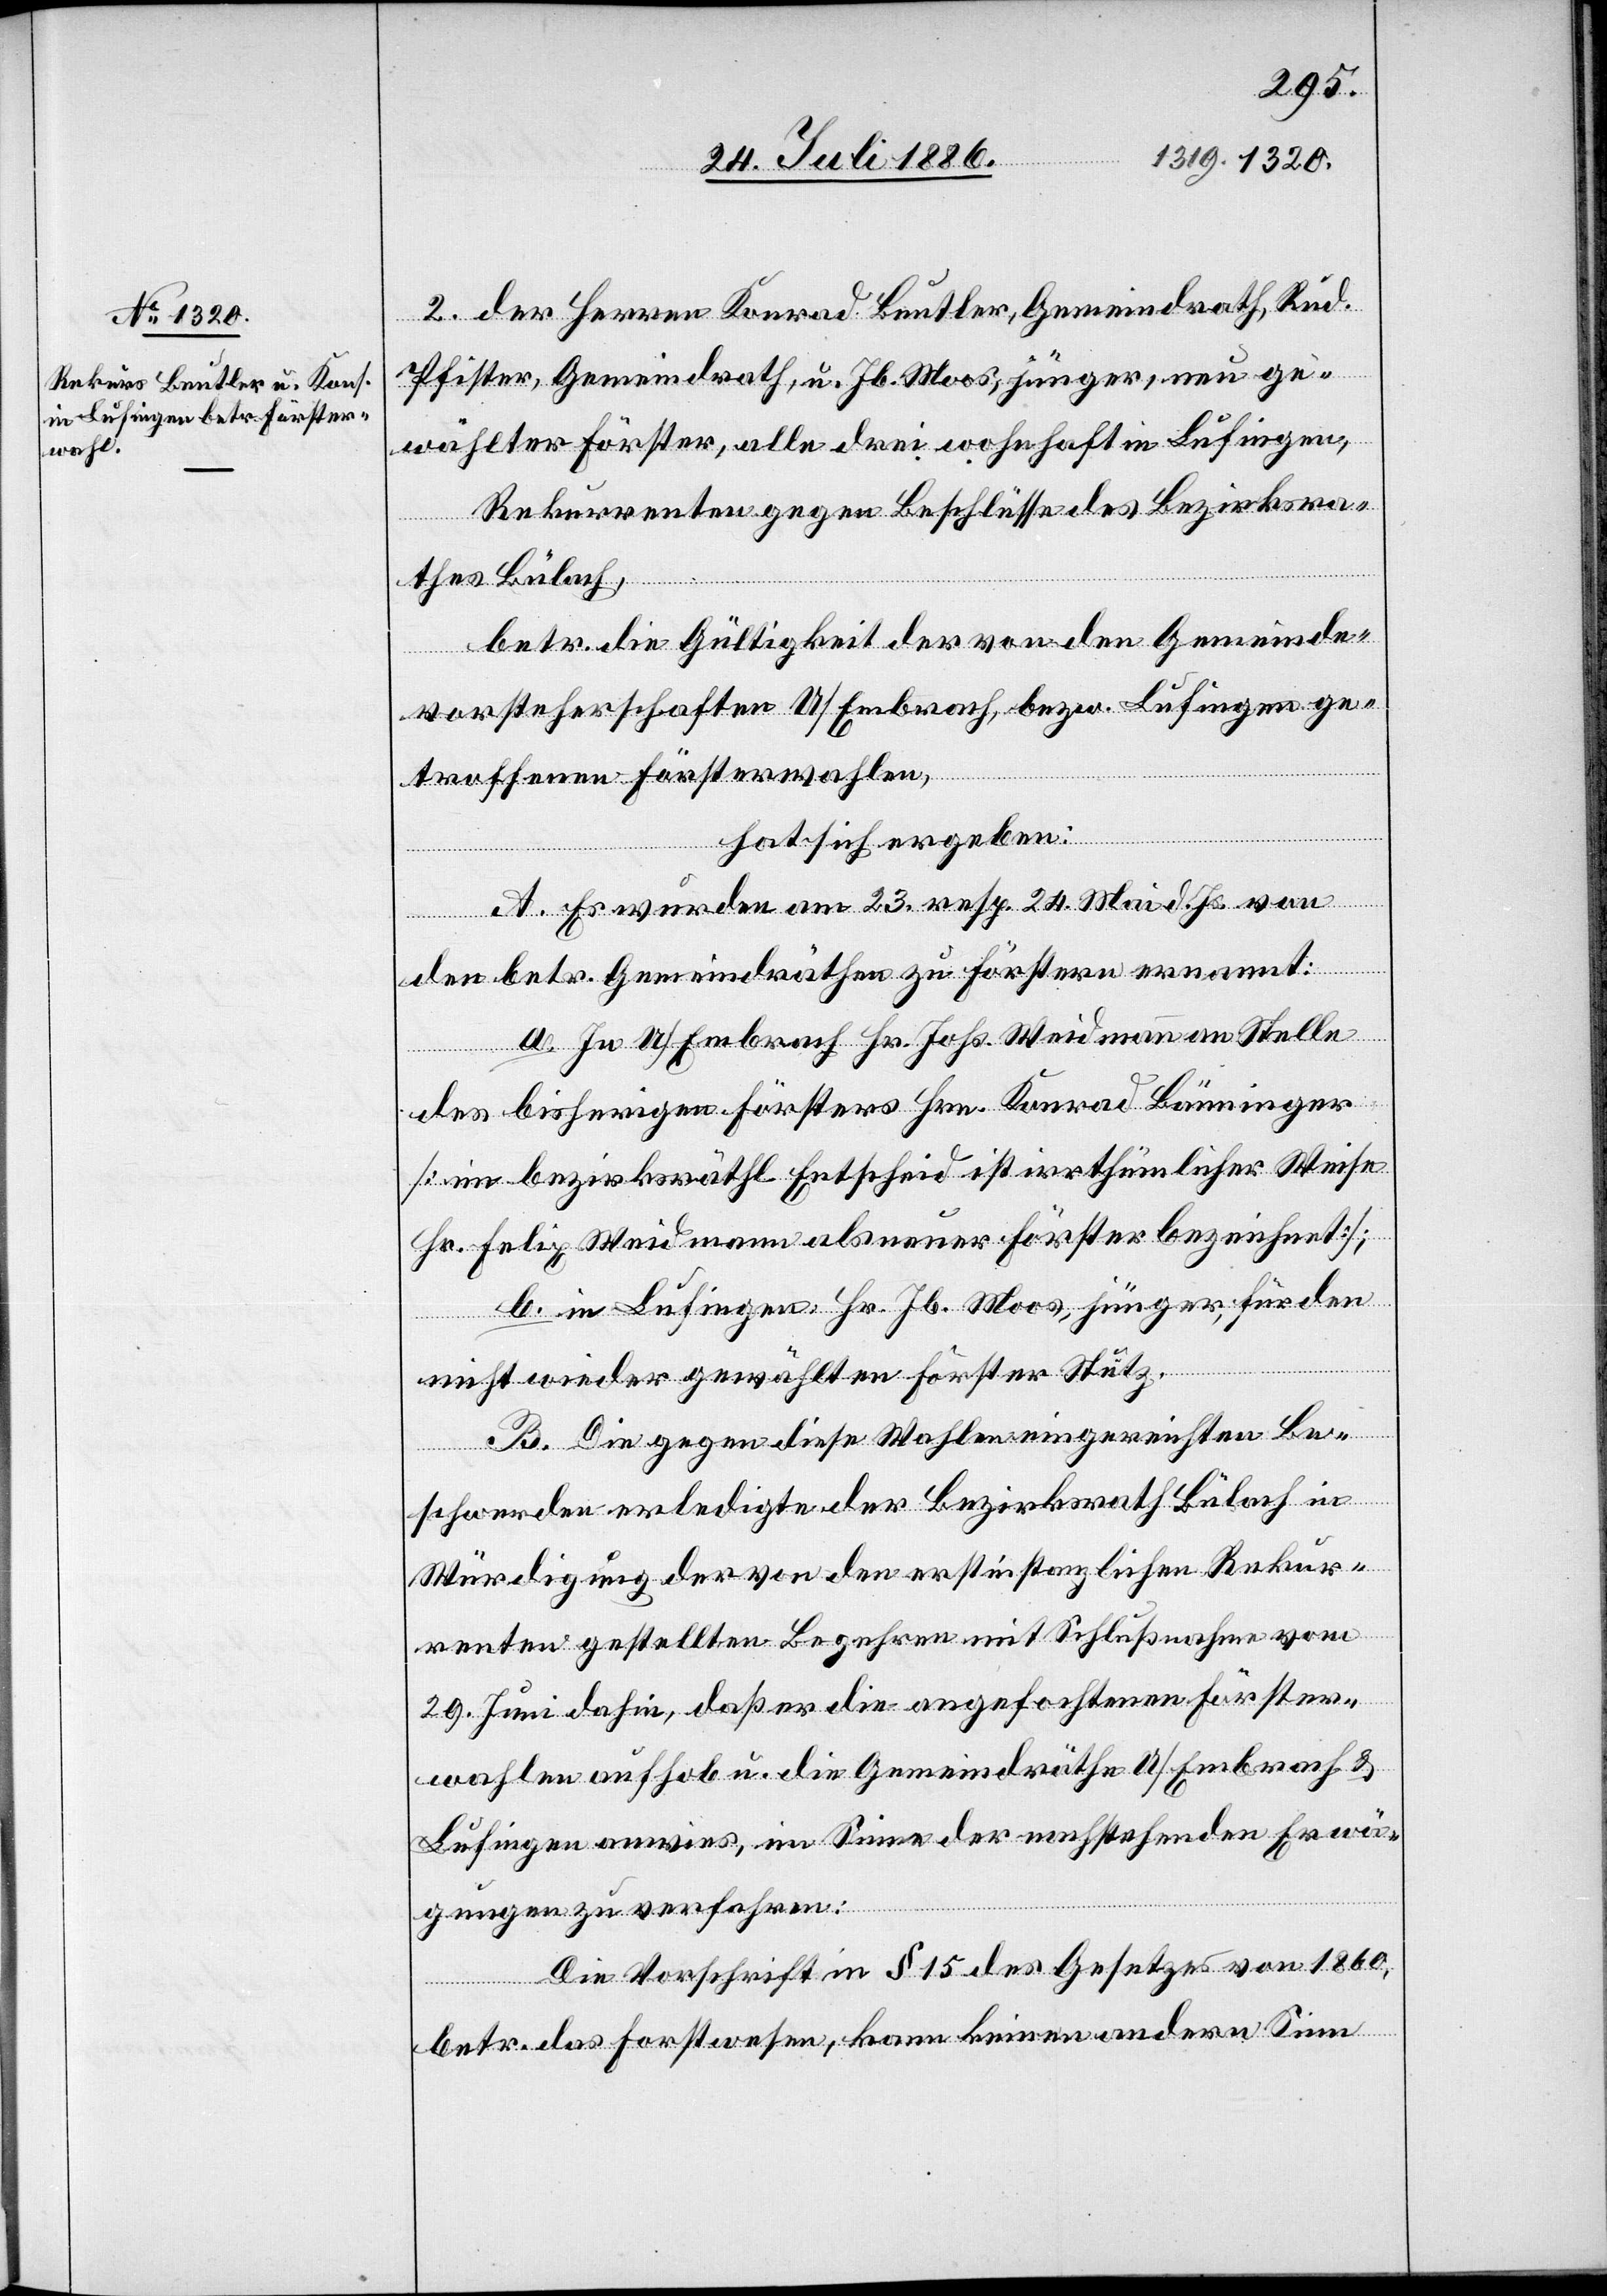
2. der Herren Konrad Beutler, Gemeindrath, Rud.
Pfister, Gemeindrath, u. Jb. Moos, jünger, neu ge¬
wählter Förster, alle drei wohnhaft in Lufingen,
Rekurrenten gegen Beschlüsse des Bezirksra¬
thes Bülach,
betr. die Gültigkeit der von den Gemeinde¬
vorsteherschaften U/Embrach, bezw. Lufingen ge¬
troffenen Försterwahlen,
hat sich ergeben:
A. Es wurden am 23. resp. 24. Mai d. Js. von
den betr. Gemeindräthen zu Förstern ernannt:
a. In U/Embrach Hr. Johs. Weidmann an Stelle
des bisherigen Försters Hrn. Konrad Bänninger
[im bezirksräthl. Entscheid ist irrthümlicher Weise
Hr. Felix Weidmann als neuer Förster bezeichnet];
b. in Lufingen Hr. Jb. Moos, jünger, für den
nicht wieder gewählten Förster Stutz.
B. Die gegen diese Wahlen eingereichten Be¬
schwerden erledigte der Bezirksrath Bülach in
Würdigung der von den erstinstanzlichen Rekur¬
renten gestellten Begehren mit Schlußnahme vom
29. Juni dahin, daß er die angefochtenen Förster¬
wahlen aufhob u. die Gemeindräthe U/Embrach &
Lufingen anwies, im Sinne der nachstehenden Erwä¬
gungen zu verfahren:
Die Vorschrift in § 15 des Gesetzes von 1860,
betr. das Forstwesen, kann keinen andern Sinn